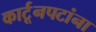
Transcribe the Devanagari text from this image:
कार्टूनपटांना